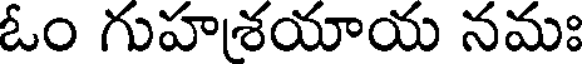
ఓం గుహశయాయ నమః